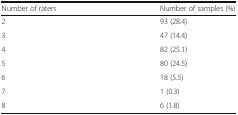
<table><thead><tr><td><b>Number of raters</b></td><td><b>Number of samples (%)</b></td></tr></thead><tbody><tr><td>2</td><td>93 (28.4)</td></tr><tr><td>3</td><td>47 (14.4)</td></tr><tr><td>4</td><td>82 (25.1)</td></tr><tr><td>5</td><td>80 (24.5)</td></tr><tr><td>6</td><td>18 (5.5)</td></tr><tr><td>7</td><td>1 (0.3)</td></tr><tr><td>8</td><td>6 (1.8)</td></tr></tbody></table>